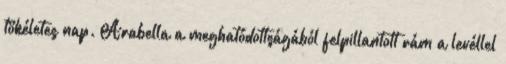
tökéletes nap. Arabella a meghatódottságából felpillantott rám a levéllel